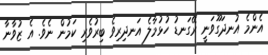
އެންމެ އުނދަގޫވަނީ ރޭގަނޑު ހުޅުމާލެ އަނދިރިވެ ބިރުވެރި ކަމުން ނެވެ. އެ ޒުވާނާ